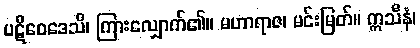
ပဋိဝေဒေသိ၊ ကြားလျှောက်၏။ မဟာရာဇ၊ မင်းမြတ်။ ဣသီနံ၊